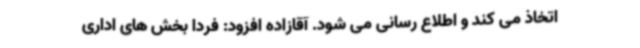
اتخاذ می کند و اطلاع رسانی می شود. آقازاده افزود: فردا بخش های اداری